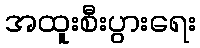
အထူးစီးပွားရေး